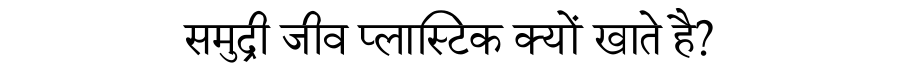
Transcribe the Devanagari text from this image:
समुद्री जीव प्लास्टिक क्यों खाते है?